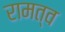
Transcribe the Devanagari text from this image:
रामत्व